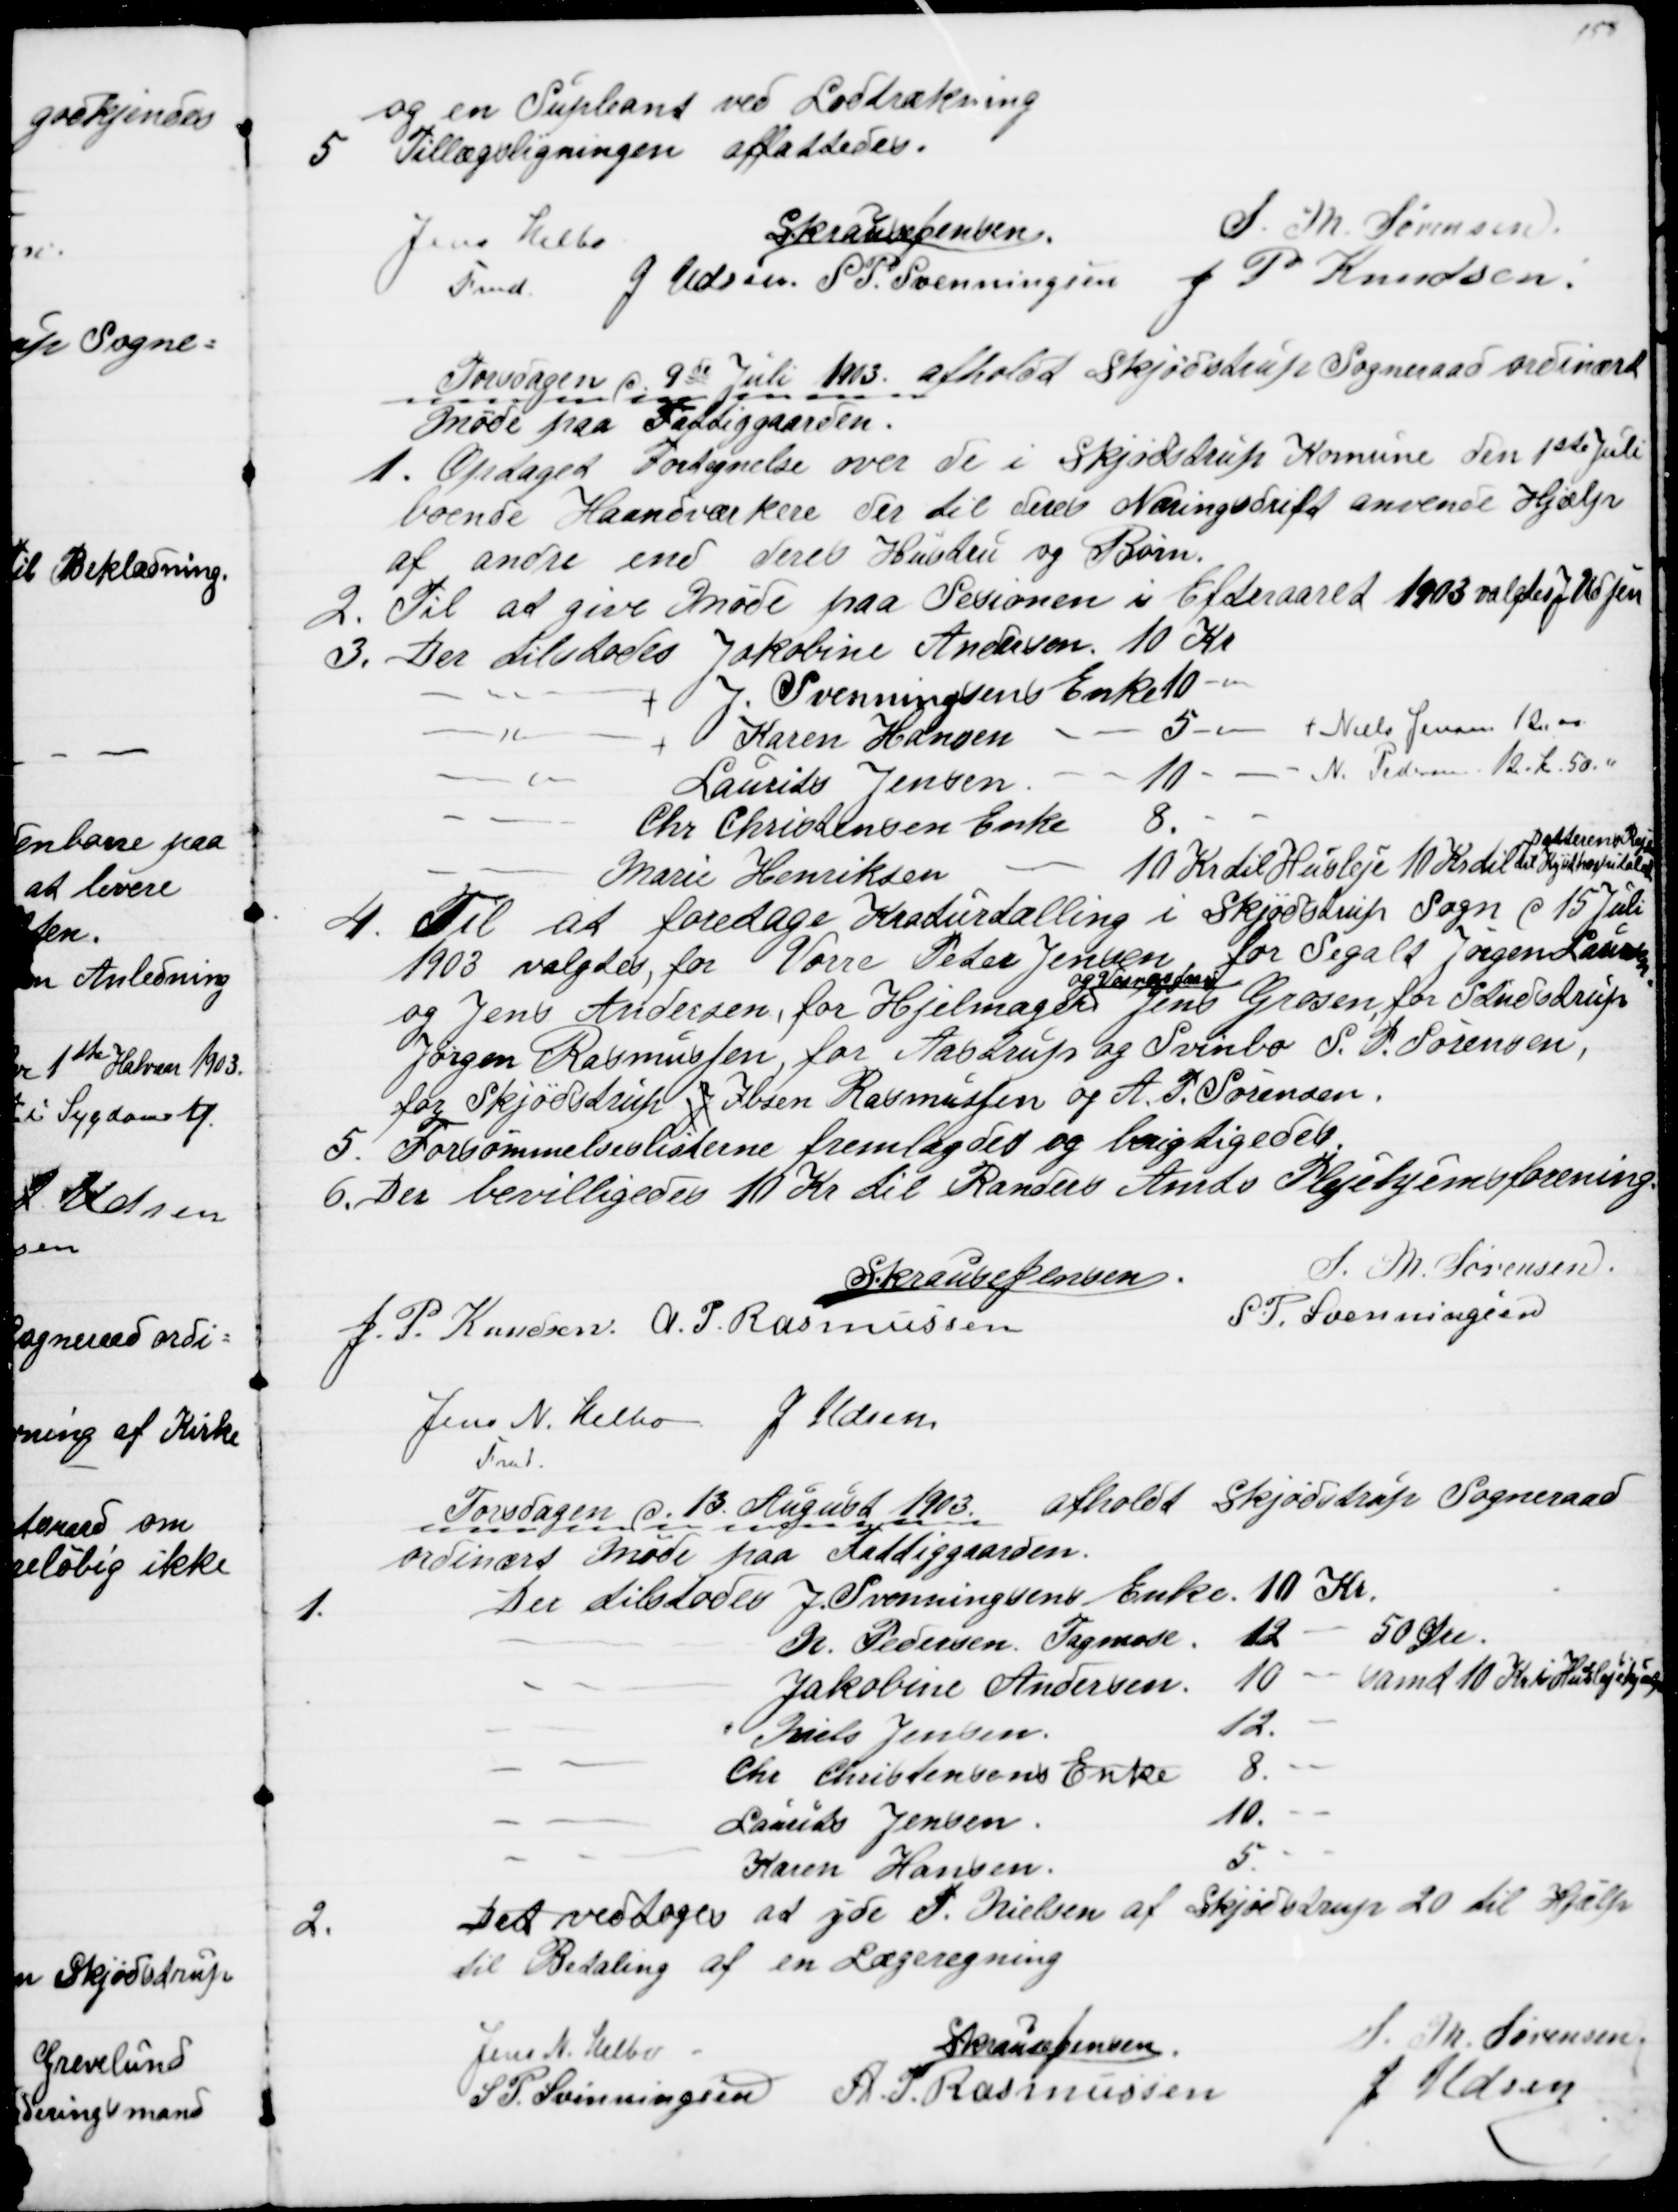
Transskription:
og en Supleant ved Lodtrækning
5 Tillægsligningen affattedes.
Jens Helbo
Fmd.
S Krause Jensen.
S. M. Sørensen
J. Udsen. S. P. Svenningsen J. P. Knudsen.
Torsdagen d. 9de Juli 1903 afholdt Skjødstrup Sogneraad ordinært
Møde paa Fattiggaarden.
1. Optaget Fortegnelse over de i Skjødstrup Komune den 1ste Juli
boende Haandværkere der til deres Næringsdrift anvende Hjælp
af andre end deres Hustru og Børn.
2. Til at give Møde paa Sesionen i Efteraaret 1903 valgtes J. Udsen
3. Der tilstodes Jakobine Andersen. 10 Kr
J. Svenningsens Enke 10 
Karen Hansen
5
Niels Jensen 12,00
Laurits Jensen
10 
N. Pedersen 12 Kr. 50.
Chr. Christensen Enke
8.
Marie Henriksen
10 Kr til Husleje 10 Kr. til 
Datterens Rejse
til Kysthospitalet
4.
Til at foretage Kreaturtælling i Skjødstrup Sogn d 15 Juli
1903 valgtes, for Vorre Peter Jensen, for Segalt Jørgen Laursen
og Jens Andersen, for Hjelmager 
og Vosnæsgaard
Jens Grosen, for Studstrup
Jørgen Rasmussen, for Aastrup og Svinbo S. P. Sørensen,
for Skjødstrup J Ibsen Rasmussen og A. P. Sørensen.
5. Forsømmelseslisterne fremlagdes og berigtigedes.
6. Der bevilligedes 10 Kr til Randers Amts Plejehjemsforening
S Krause Jensen.
S. M. Sørensen
J. P. Knudsen A. P. Rasmussen
S. P. Svenningsen
Jens N. Helbo
Fmd.
J. Udsen
Torsdagen d. 13. August 1903. afholdt Skjødstrup Sogneraad
ordinært Møde paa Fattiggaarden.
1.
Der tilstodes J. Svenningsens Enke 10 Kr.
N. Pedersen Tagmose
12
50 Øre.
Jakobine Andersen.
10 - samt 10 Kr i Huslejehjælp
Niels Jensen.
12. 
Chr. Christensens Enke
8.
Laurits Jensen
10.
Karen Hansen.
5.
2.
Det vedtoges at yde P. Nielsen af Skjødstrup 20 til Hjælp
til Betaling af en Lægeregning
Jens N. Helbo
S Krause Jensen
S. M. Sørensen
S. P. Svinningsen A. P. Rasmussen
J Udsen